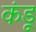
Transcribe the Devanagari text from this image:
कंडू